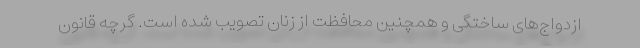
ازدواج‌های ساختگی و همچنین محافظت از زنان تصویب شده است. گرچه قانون